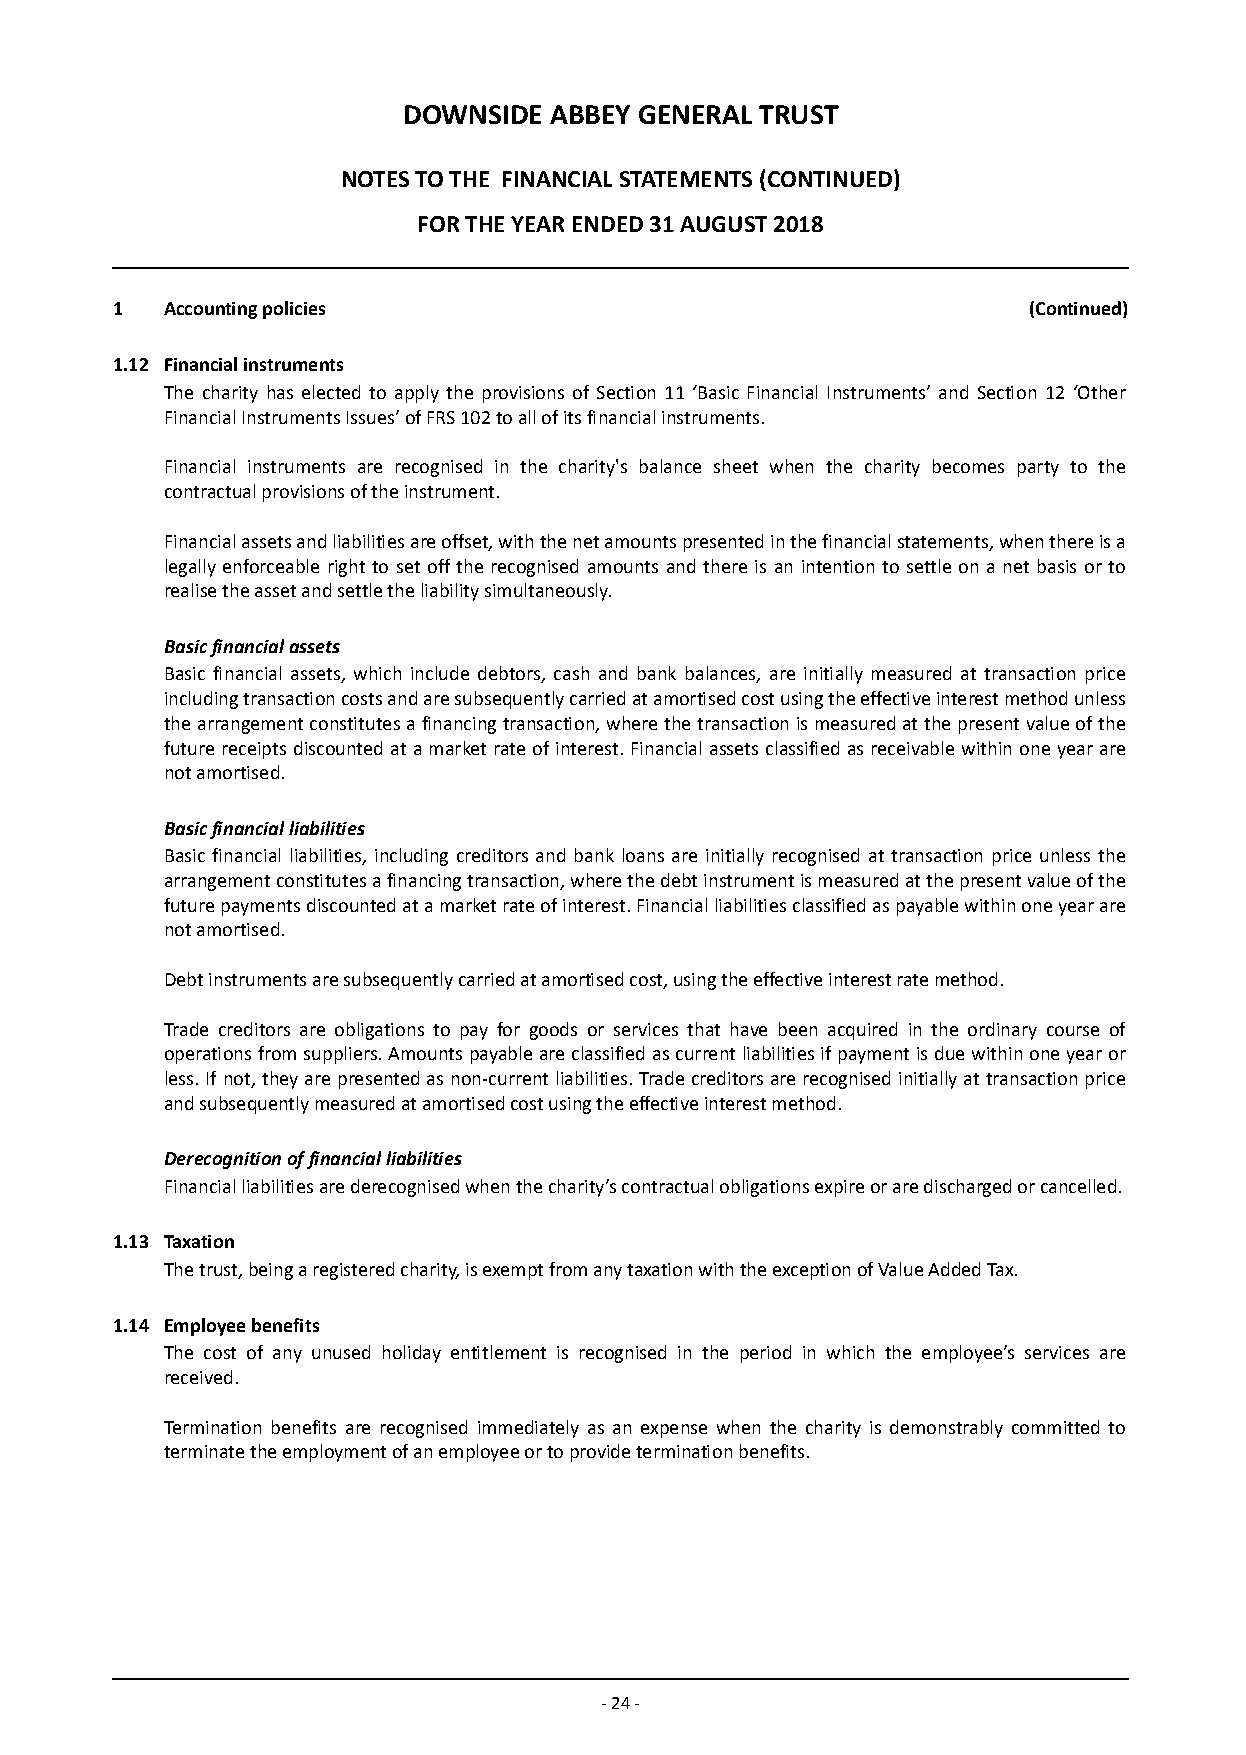
DOWNSIDE ABBEY GENERAL TRUST
 NOTES TO THE FINANCIAL STATEMENTS (CONTINUED)
 FOR THE YEAR ENDED 31 AUGUST 2018
 1   Accounting policies                                      (Continued)
 1.12 Financial instruments
 The charity has elected to apply the provisions of Section 11 ‘Basic Financial Instruments’ and Section 12 ‘Other
 Financial Instruments Issues’ of FRS 102 to all of its financial instruments.
 Financial instruments are recognised in the charity's b alance sheet w hen the charity becomes party to the
 contractual provisions of the instrument.
 Financial assets and liabilities are offset, with the net amounts presented in the financial statements, when there is a
 legally enforceable right to set off the recognised amounts and there is an intention to settle on a net basis or to
 realise the asset and settle the liability simultaneously.
 Basic financial assets
 Basic financial assets, which include d ebtors, c ash and bank balances, are initially measured at transaction price
 including transaction costs and are subsequently carried at amortised cost using the effective interest method unless
 the arrangement constitutes a financing transaction, where the transaction is measured at the present value of the
 future receipts discounted at a market rate of interest. Financial assets classified as receivable within one year are
 not amortised.
 Basic financial liabilities
 Basic financial liabilities, including creditors and bank loans are initially recognised at transaction price unless the
 arrangement constitutes a financing transaction, where the debt instrument is measured at the present value of the
 future pa yment s discounted at a market rate of interest. Financial liabilities classified as payable within one year are
 not amortised.
 Debt instruments are subsequently carried at amortised cost, using the effective interest rate method.
 Trade creditors are obligations to pay for goods or services that have been acquired in the ordinary course of
 o perations f rom suppliers. Amounts payable are classified as current liabilities if payment is due within one year or
 less. If not, they are presented as non-current liabilities. Trade creditors are recognised initially at transaction price
 and subsequently measured at amortised cost using the effective interest method.
 Derecognition of financial liabilities
 Financial liabilities are derecognised when the charity’s contractual obligations expire or are discharged or cancelled.
 1.13 Taxation
 The trust, being a registered charity, is exempt from any taxation with the exception of Value Added Tax.
 1.14 Employee benefits
 The cost of any unused holiday entitlement is recognised in the period in which the employee’s services are
 received.
 Termination benefits are recognised immediately as an expense when the charity is demonstrably committed to
 terminate the employment of an employee or to provide termination benefits.
 - 24 -